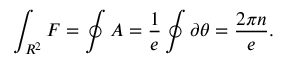
\int _ { R ^ { 2 } } { F } = \oint { A } = \frac { 1 } { e } \oint \partial \theta = \frac { 2 \pi n } { e } .